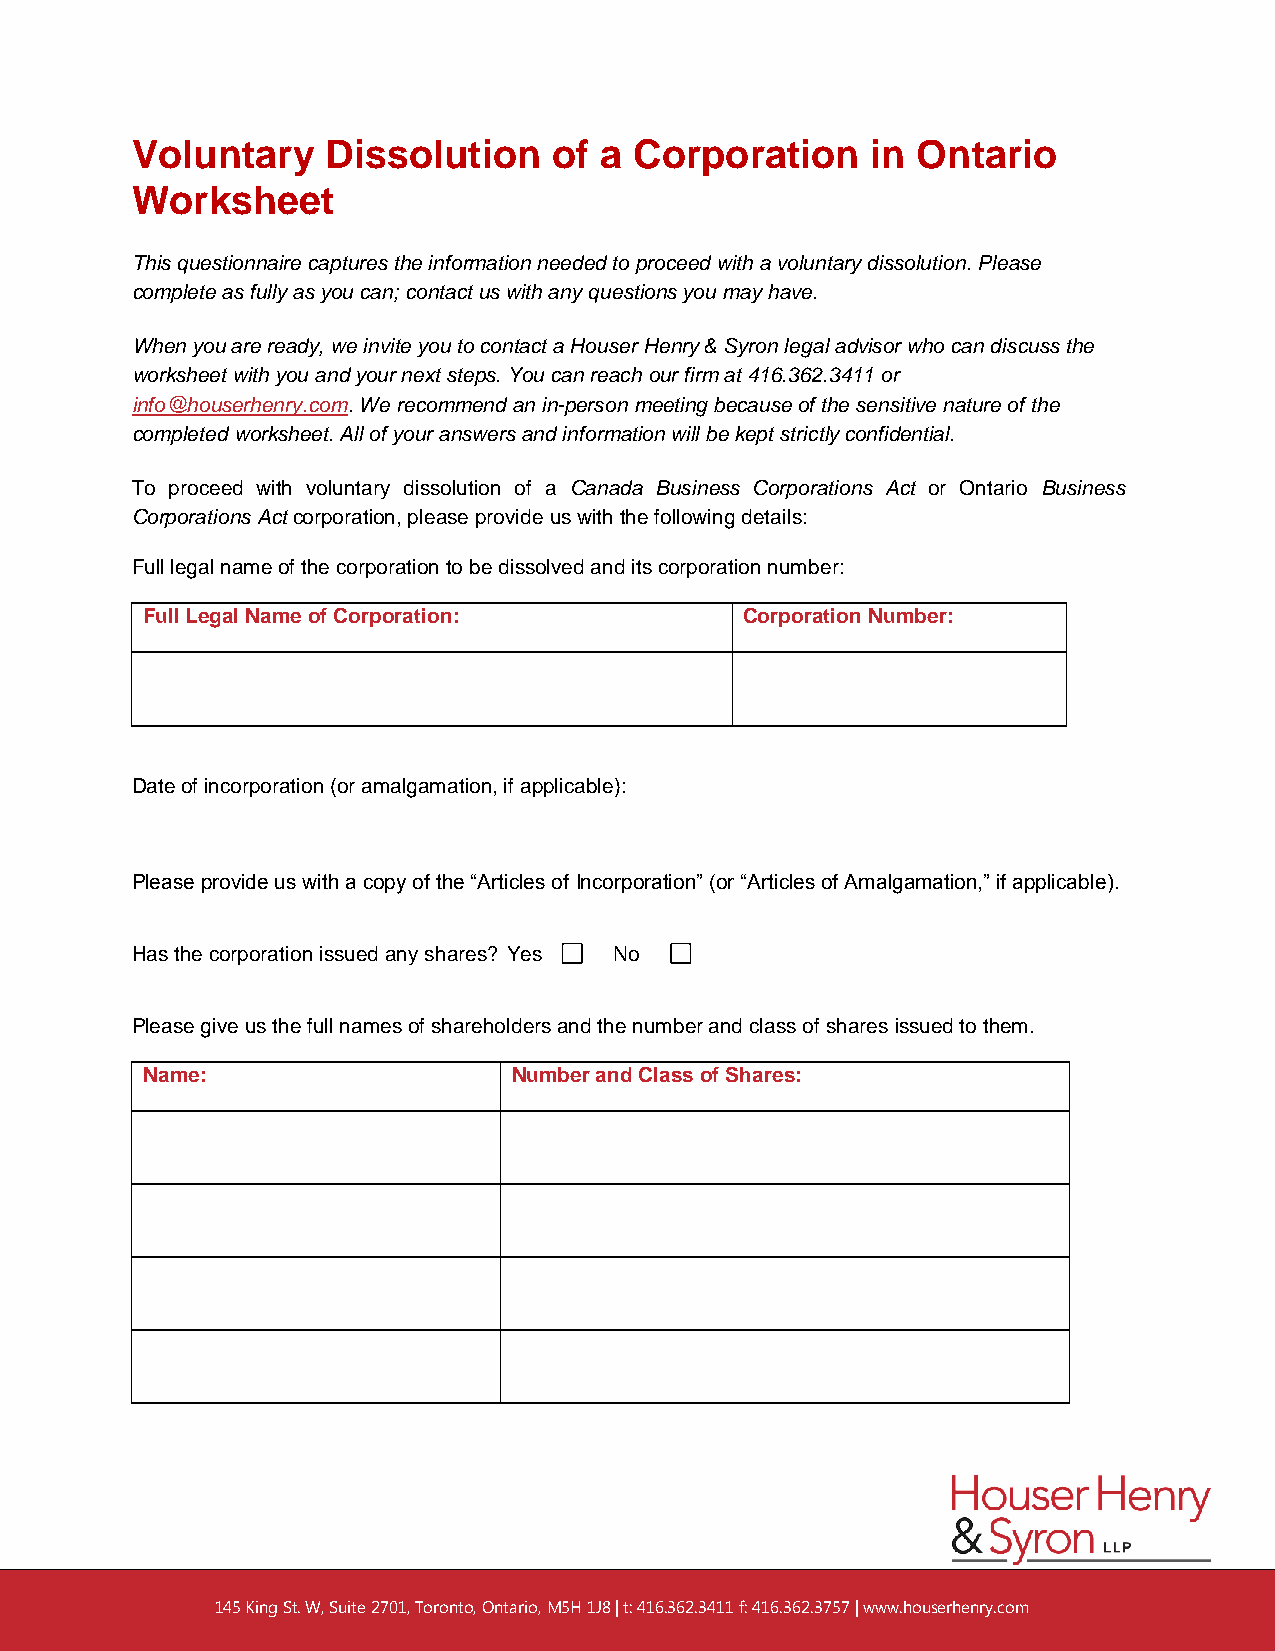
Voluntary    Dissolution    of a Corporation     in Ontario
 Worksheet
 This questionnaire captures the information needed to proceed with a voluntary dissolution. Please
 complete as fully as you can; contact us with any questions you may have.
 When you are ready, we invite you to contact a Houser Henry & Syron legal advisor who can discuss the
 worksheet with you and your next steps. You can reach our firm at 416.362.3411 or
 info@houserhenry.com. We recommend an in-person meeting because of the sensitive nature of the
 completed worksheet. All of your answers and information will be kept strictly confidential.
 To proceed with voluntary dissolution of a Canada Business Corporations Act or Ontario Business
 Corporations Act corporation, please provide us with the following details:
 Full legal name of the corporation to be dissolved and its corporation number:
 Full Legal Name of Corporation:         Corporation Number:
 Date of incorporation (or amalgamation, if applicable):
 Please provide us with a copy of the “Articles of Incorporation” (or “Articles of Amalgamation,” if applicable).
 Has the corporation issued any shares? Yes No
 Please give us the full names of shareholders and the number and class of shares issued to them.
 Name:                    Number and Class of Shares:
 eae
 145 King St. W, Suite 2701, Toronto, Ontario, M5H 1J8 | t: 416.362.3411 f: 416.362.3757 | www.houserhenry.com